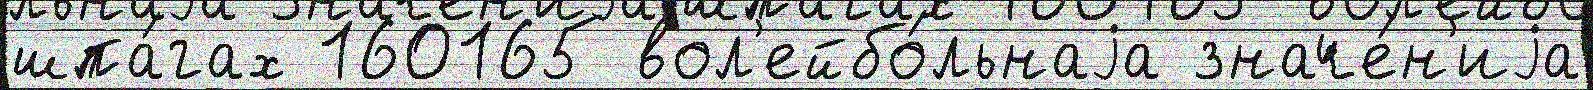
шпа́гах 160165 вол'ейбо́льнаjа значе́н'иjа